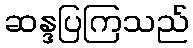
ဆန္ဒပြကြသည်